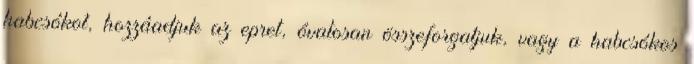
habcsókot, hozzáadjuk az epret, óvatosan összeforgatjuk, vagy a habcsókos